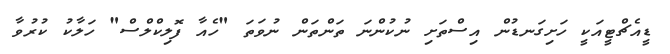
ޑީއެޗްޓީއަކީ ހަށިގަނޑުން އިސްތަށި ނުކުންނަ ތަންތަން ނުވަތަ "ހެއާ ފޮލިކްލްސް" ހަލާކު ކުރުވާ